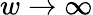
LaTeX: w\to\infty